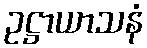
ဥဋ္ဌာယာသနံ